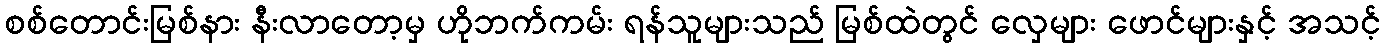
စစ်တောင်းမြစ်နား နီးလာတော့မှ ဟိုဘက်ကမ်း ရန်သူများသည် မြစ်ထဲတွင် လှေများ ဖောင်များနှင့် အသင့်